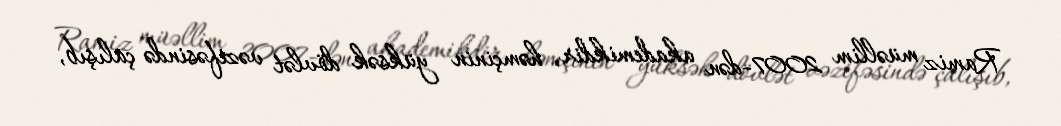
Ramiz müəllim 2007-dən akademikdir, həmçinin yüksək dövlət vəzifəsində çalışıb,